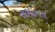
સભાનતા